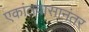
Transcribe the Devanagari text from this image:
एकांतवासानंतर